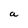
Character: a